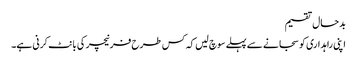
بدحال تقسیم
اپنی راہداری کو سجانے سے پہلے سوچ لیں کہ کس طرح فرنیچر کی بانٹ کرنی ہے۔